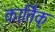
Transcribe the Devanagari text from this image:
कार्तिक्